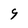
Character: 9